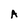
Character: A